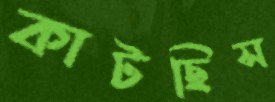
কাটছিস